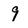
Character: 9